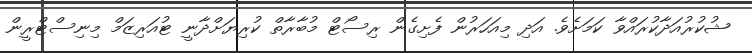
ޝުކުރުއަދާކުރައްވާ ކަމަށެވެ. އަދި މިއަހަރުން ފެށިގެން ރިސޯޓް މުބާރާތް ކުރިޔަށްދާނީ ޓުއަރިޒަމް މިނިސްޓްރީން